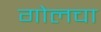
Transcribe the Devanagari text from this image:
गोलचा